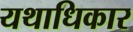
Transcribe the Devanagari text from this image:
यथाधिकार